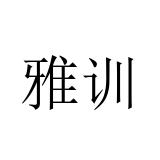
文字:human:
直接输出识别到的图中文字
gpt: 雅训